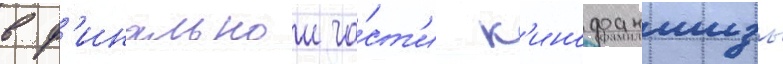
в ф'инальнои ча́ст'и к'инофраншизы